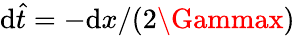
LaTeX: \mathrm{d}\hat{{t}}=-\mathrm{d}x/(2\Gammax)